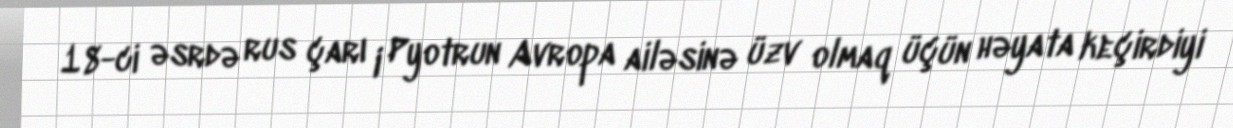
18-ci əsrdə rus çarı I Pyotrun Avropa ailəsinə üzv olmaq üçün həyata keçirdiyi